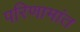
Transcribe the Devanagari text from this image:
परिणामांत